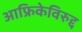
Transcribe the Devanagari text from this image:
आफ्रिकेविरुद्द